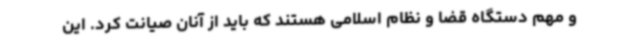
و مهم دستگاه قضا و نظام اسلامی هستند که باید از آنان صیانت کرد. این